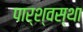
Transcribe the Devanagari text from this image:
पार्श्वस्था